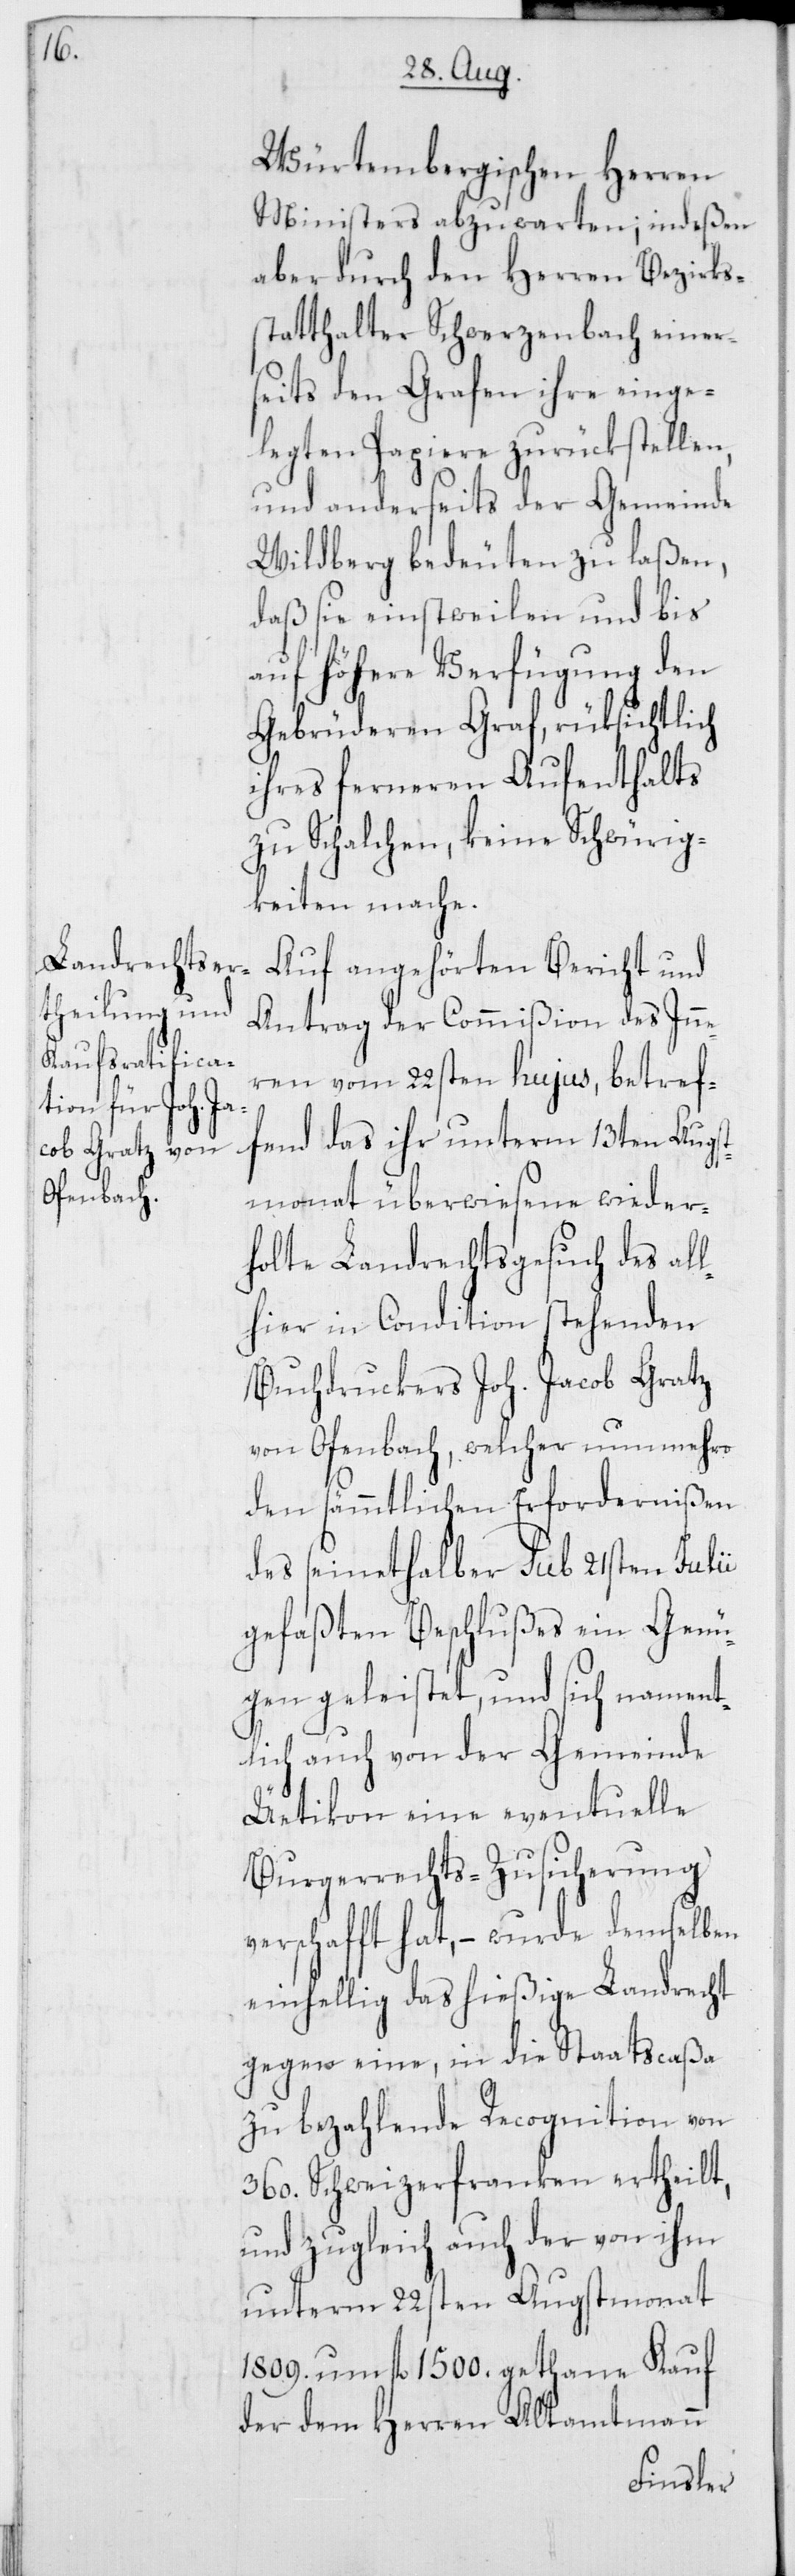
Würtembergischen Herren
Ministers abzuwarten; indeßen
aber durch den Herren Bezirks¬
statthalter Schwerzenbach einer¬
seits den Grafen ihre einge¬
legten Papiere zurückstellen,
und anderseits der Gemeinde
Wildberg bedeuten zu laßen,
daß sie einstweilen und bis
auf höhere Verfügung den
Gebrüderen Graf, rücksichtlich
ihres ferneren Aufenthalts
zu Schalchen, keine Schwürig¬
keiten mache.
Auf angehörten Bericht und
Antrag der Commißion des Inne¬
ren vom 22sten hujus, betref¬
fend das ihr unterm 13ten Augst¬
monat überwiesene wieder¬
holte Landrechtsgesuch des all¬
hier in Condition stehenden
Buchdruckers Joh. Jacob Gratz
von Ofenbach, welcher nunmehro
den sämmtlichen Erfordernißen
des seinethalber sub 21sten Julii
gefaßten Beschlußes ein Genü¬
gen geleistet, und sich nament¬
lich auch von der Gemeinde
Üetikon eine eventuelle
Burgerrechts-Zusicherung
verschafft hat, – wurde demselben
einhellig das hießige Landrecht
gegen eine, in die Staatscaßa
zu bezahlende Recognition von
360. Schweizerfranken ertheilt,
und zugleich auch der von ihm
unterm 22sten Augstmonat
1809. um fl. 1500. gethane Kauf
der dem Herren Altamtmann